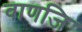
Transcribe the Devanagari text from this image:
वाणजि